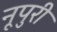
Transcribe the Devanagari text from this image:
नूपुरी